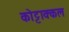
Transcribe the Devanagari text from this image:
कोट्टाक्कल